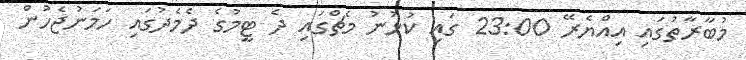
މުބާރާތުގައި އިއްޔެރޭ 23:00 ގައި ކުޅުނު މެޗްގައި ދެ ޓީމުގެ ދެމެދުގައި ހަމަނުޖެހުން